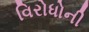
વિરોધોની